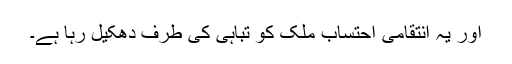
اور یہ انتقامی احتساب ملک کو تباہی کی طرف دھکیل رہا ہے۔